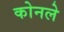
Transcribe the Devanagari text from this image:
कोनले